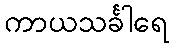
ကာယသင်္ခါရေ